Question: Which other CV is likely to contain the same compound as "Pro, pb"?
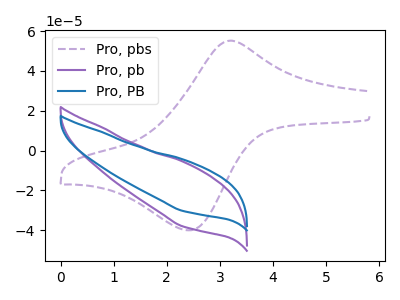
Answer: <think>The purple dashed curve "Pro, pbs" has an anodic peak at (3.20V, 55.15uA) and a cathodic peak at (2.40V, -40.05uA). The purple curve "Pro, pb" has no peaks. The blue curve "Pro, PB" has no peaks.
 "Pro, pbs" and "Pro, pb" have a different number of peaks. "Pro, pbs" and "Pro, PB" have a different number of peaks. Neither "Pro, pb" or "Pro, PB" have any peaks.</think>
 <answer>The CV with the most similar shape to "Pro, PB" is "Pro, pb".</answer>
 <eval>"Pro, pb"</eval>